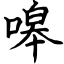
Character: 嗥